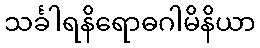
သင်္ခါရနိရောဓဂါမိနိယာ